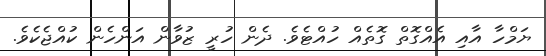
ޔަމްހާ އާއި އެއްގޮތް ގޮތެއް ހުއްޓެވެ. ދެން ހުރީ ޒުވާން އަންހެން ކުއްޖެކެވެ.